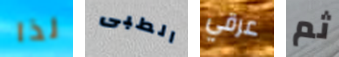
لذا الطبى عرقي ثم